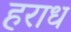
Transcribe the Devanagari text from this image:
हराध